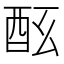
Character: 𨠀